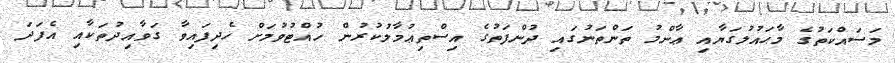
މަސައްކަތުގެ މާޙައުލުގަޔާއި ޢާންމު ތަންތަނުގައި ދުންފަތުގެ އިސްތިޢުމާލުކުރުން ހުއްޓުވުމަށް ހެދިފައިވާ ގަވާއިދުތަކާއި އެފަދަ